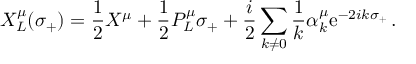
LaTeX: X _ { L } ^ { \mu } ( \sigma _ { + } ) = \frac { 1 } { 2 } X ^ { \mu } + \frac { 1 } { 2 } P _ { L } ^ { \mu } \sigma _ { + } + \frac { i } { 2 } \sum _ { k \neq 0 } \frac { 1 } { k } \alpha _ { k } ^ { \mu } \mathrm { e } ^ { - 2 i k \sigma _ { + } } \, .